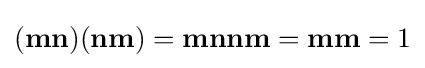
(\mathbf {mn} )(\mathbf {nm} )=\mathbf {mnnm} =\mathbf {mm} =1